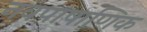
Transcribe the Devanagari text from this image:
नवपाषाणिक